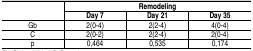
<table><thead><tr><td></td><td><b>Remodeling</b></td><td></td><td></td></tr><tr><td></td><td><b>Day 7</b></td><td><b>Day 21</b></td><td><b>Day 35</b></td></tr></thead><tbody><tr><td>Gb</td><td>2(0-4)</td><td>2(2-4)</td><td>4(0-4)</td></tr><tr><td>C</td><td>2(0-2)</td><td>2(2-4)</td><td>2(0-4)</td></tr><tr><td>p</td><td>0,464</td><td>0,535</td><td>0,174</td></tr></tbody></table>